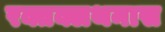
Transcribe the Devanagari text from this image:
रक्तक्लथनास